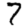
Digit: 7